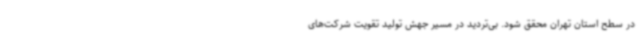
در سطح استان تهران محقق شود. بی‌تردید در مسیر جهش تولید تقویت شرکت‌های